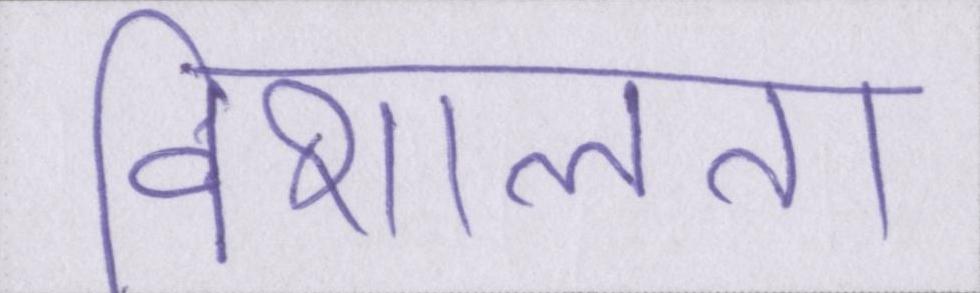
विशालता